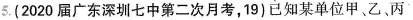
5.(2020届广东深圳七中第二次月考，19)已知某单位甲、乙、丙